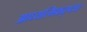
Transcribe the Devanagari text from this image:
आध्यत्मिकदृष्ट्या